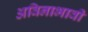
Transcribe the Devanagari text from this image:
अविनाभावी